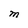
Character: M